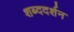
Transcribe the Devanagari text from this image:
शब्ददर्शन